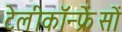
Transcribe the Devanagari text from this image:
टेलीकॉन्फ्रेंसों